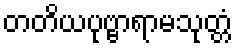
တတိယပုဗ္ဗာရာမသုတ္တံ